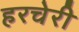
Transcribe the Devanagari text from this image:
हरचेरी